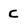
Character: C